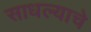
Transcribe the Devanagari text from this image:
साधल्याचे